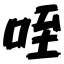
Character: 咥